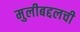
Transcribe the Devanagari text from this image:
मुलीबद्दलची